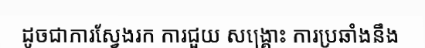
ដូចជាការស្វែងរក ការជួយ សង្គ្រោះ ការប្រឆាំងនឹង